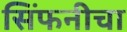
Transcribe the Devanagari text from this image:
सिंफनीचा